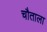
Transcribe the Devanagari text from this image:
चौताला